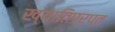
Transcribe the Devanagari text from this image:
ख्यातिप्रप्त